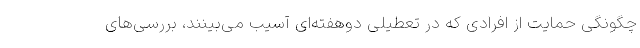
چگونگی حمایت از افرادی که در تعطیلی دوهفته‌ای آسیب می‌بینند، بررسی‌های